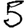
Digit: 5